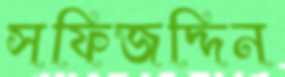
সফিজদ্দিন